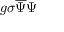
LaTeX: g \sigma { \overline { { \Psi } } } \Psi